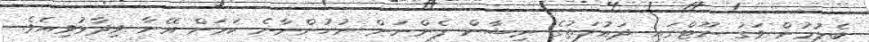
ބެލުމުން ވަގު ނޫޓްގައި ދައުލަތުގެ ނިޝާން ފެންނަން ނުހުންނާނެ ކަަމަށް އޭނާ ވިދާޅުވިއެވެ.